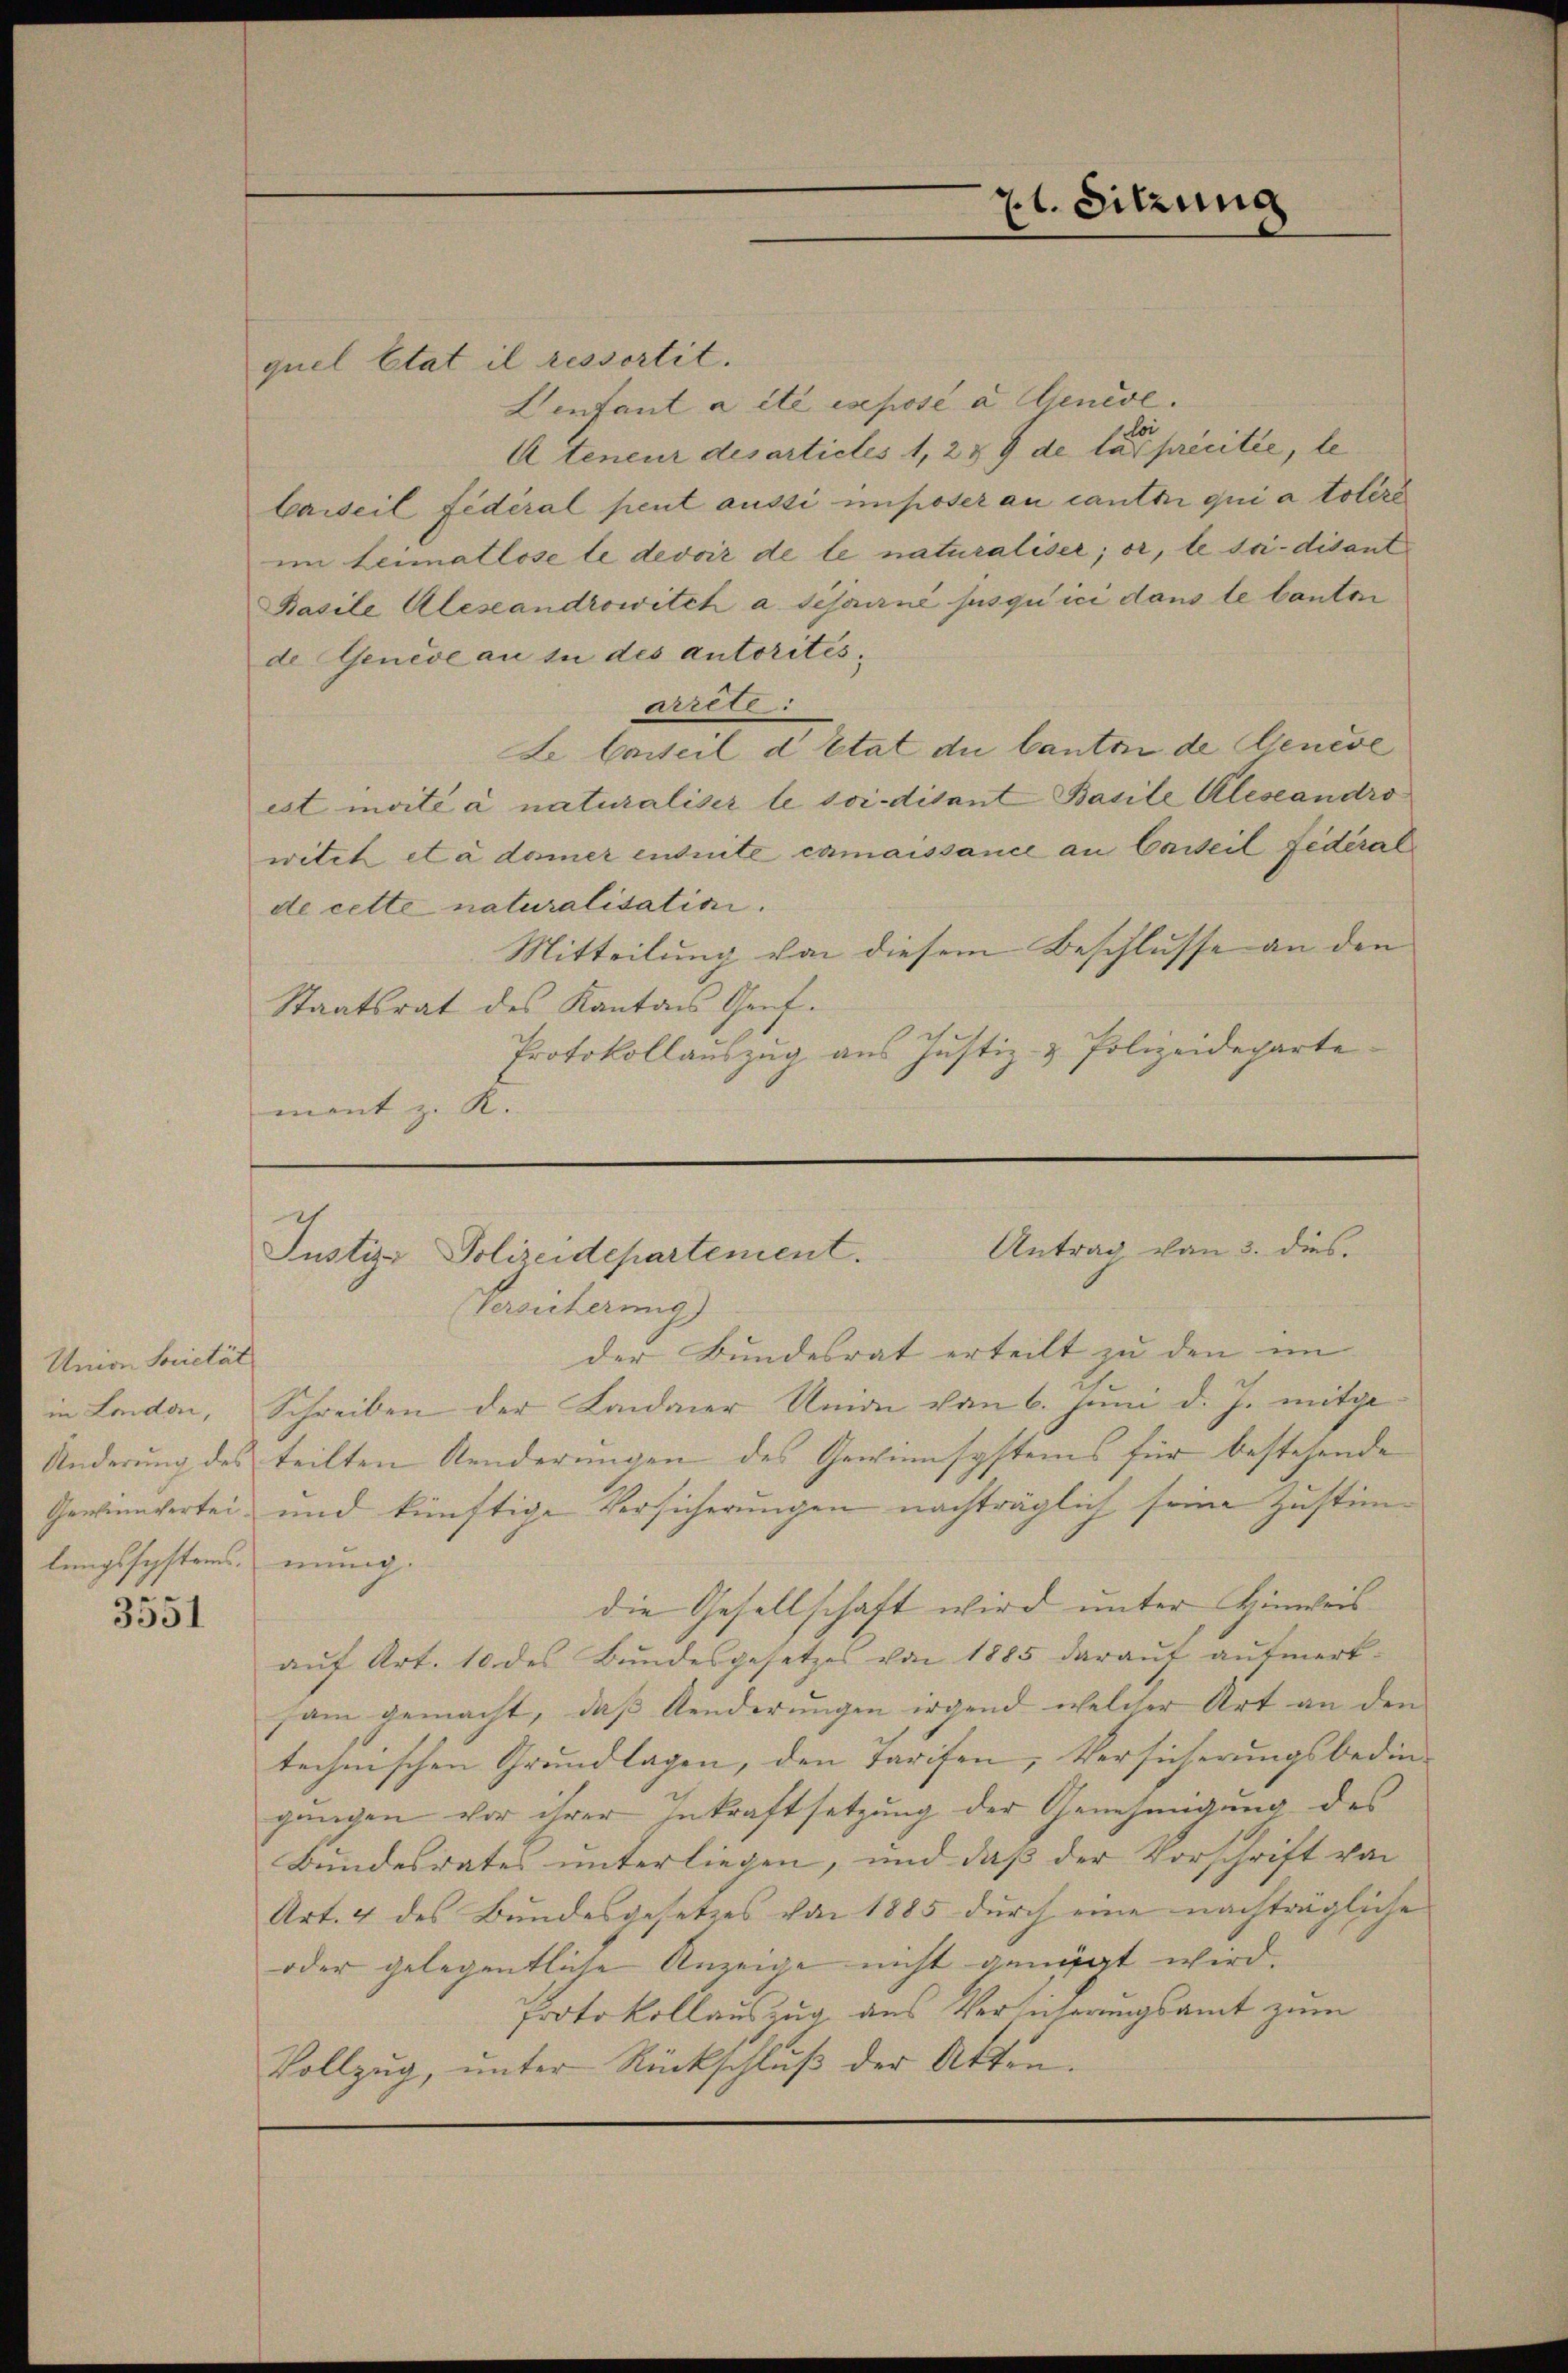
Union Societät
lungssystems mung.

3551

71. Sitzung

quel Etat il ressortit.
Denfant a été exposé a Genève.
Ateneur des articles 1, 239 de la précitée, le
Carseil fédéral peut aussi imposer au cantin qui a toléro
im Leimatlose le devoir de le naturaliser; or, le tri-disant
Basile Aleseandrowitch a schourné jusqu’ici dans le bauten
de Geneve an in des autoritésarrete
Le Carteil d Etat du Canton de Genese
est invité à naturaliser le soidisant Basile Aleseandro
witch et à damer entrite camaissance an Carteil fédéral
de cette naturalisation.
Mitteilung von diesem Beschlusse an den
Staatsrat des Kantons Genf.
Protokollauszug aus Justiz- & Polizeideparte
mont z. R.

Antrag von 3. dies
Justiz- Polizeidepartement.
Versicherung)

der Bundesrat erteilt zu den im
in Londo, Schreiben der Landauer Union von 6. Juni d. J. mitge-
Änderung des teilten Aenderungen des Gewinnsystems für bestehende
Gewinnertei und künftige Versicherungen nachträglich seine Zustimdie Gesellschaft wird unter Hinweis
aŭf Art. 10 des Bŭndesgesetzes von 1885 daraŭf aŭfmerk-
sam gemacht, daß Aenderungen irgend welcher Art an den
technischen Grundlagen, den Tarifen, Versicherungsbedin-
gangen vor ihrer Inkraftsetzung der Genehmigung des
Bundesrates unterliegen, und daß der Vorschrift von
Art. 4 des Bundesgesetzes von 1885 durch eine nachträgliche
oder gelegentliche Anzeige nicht genügt wird.
Protokollauszug aus Versicherungsamt zum
Vollzug, unter Rückschluß der Akten.